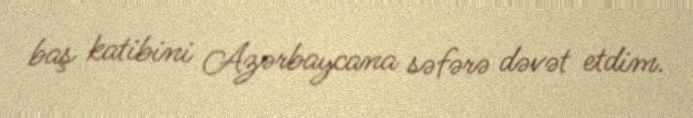
baş katibini Azərbaycana səfərə dəvət etdim.